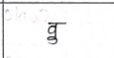
मजकूर: वु